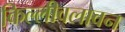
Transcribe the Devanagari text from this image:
किल्लीवलावन